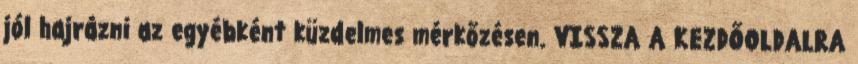
jól hajrázni az egyébként küzdelmes mérkőzésen. VISSZA A KEZDŐOLDALRA